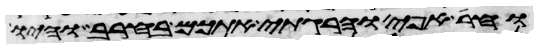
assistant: וחרה אפי והרגתי אתכם בחרב והיו